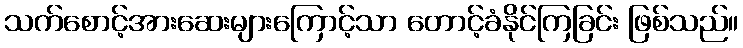
သက်စောင့်အားဆေးများကြောင့်သာ တောင့်ခံနိုင်ကြခြင်း ဖြစ်သည်။